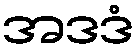
အဒဒံ